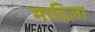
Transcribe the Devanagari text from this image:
मादिजा